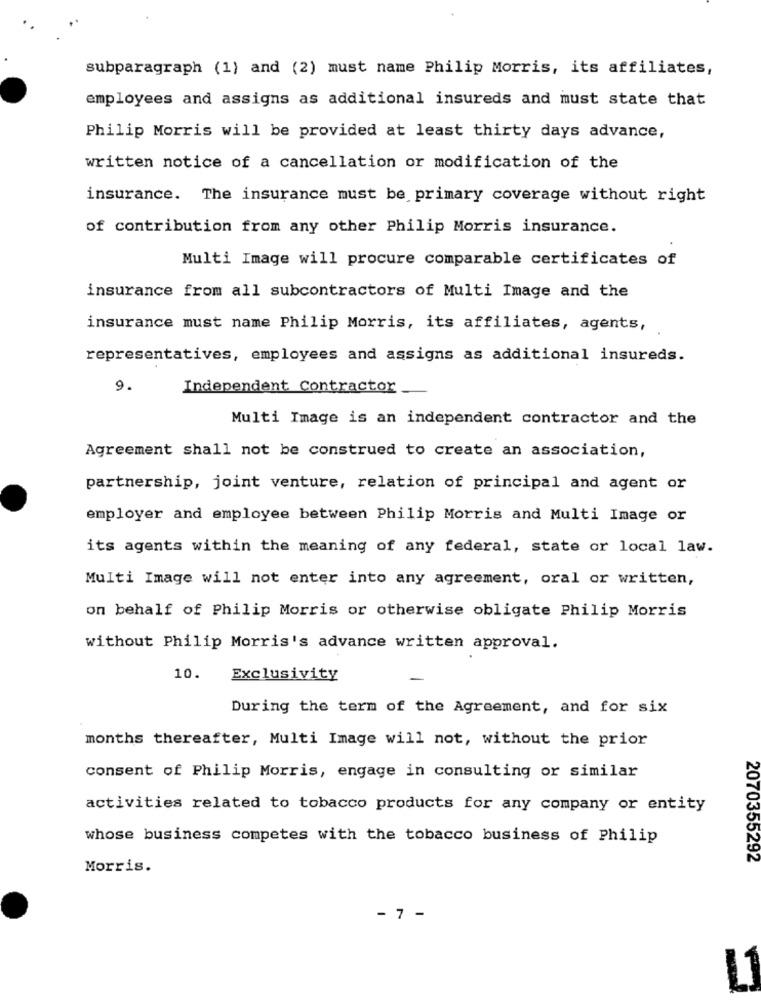
subparagraph (1) and (2) must name Philip Morris, its affiliates,
employees and assigns as additional insureds and must state that
Philip Morris will be provided at least thirty days advance,
written notice of a cancellation or modification of the
insurance. The insurance must be primary coverage without right
of contribution from any other Philip Morris insurance.
Multi Image will procure comparable certificates of
insurance from all subcontractors of Multi Image and the
insurance must name Philip Morris, its affiliates, agents,
representatives, employees and assigns as additional insureds.
9.
Independent Contractor
Multi Image is an independent contractor and the
Agreement shall not be construed to create an association,
partnership, joint venture, relation of principal and agent or
employer and employee between Philip Morris and Multi Image or
its agents within the meaning of any federal, state or local law.
Multi Image will not enter into any agreement, oral or written,
on behalf of Philip Morris or otherwise obligate Philip Morris
without Philip Morris's advance written approval.
10.
Exclusivity
During the term of the Agreement, and for six
months thereafter, Multi Image will not, without the prior
consent of Philip Morris, engage in consulting or similar
activities related to tobacco products for any company or entity
whose business competes with the tobacco business of Philip
2070355292
Morris.
- 7 -